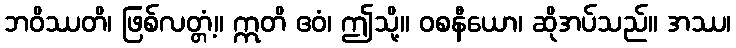
ဘဝိဿတိ၊ ဖြစ်လတ္တံ့။ ဣတိ ဧဝံ၊ ဤသို့။ ဝစနီယော၊ ဆိုအပ်သည်။ အဿ၊